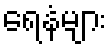
ရေနံများ